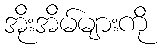
အိုးအိမ်များကို